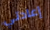
إعادتي